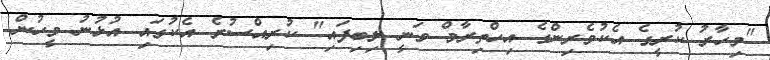
"މިހާރު ކުރީގެ އެކުވެރިންގެ އިހްތިރާމް ވަނީ ލިބިފައި" ކުރިއްސުރެ އެކުގައި އުޅުނު މީހުން